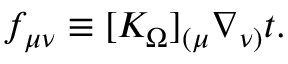
f _ { \mu \nu } \equiv [ K _ { \Omega } ] _ { ( \mu } \nabla _ { \nu ) } t .